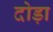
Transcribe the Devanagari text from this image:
दोड़ा